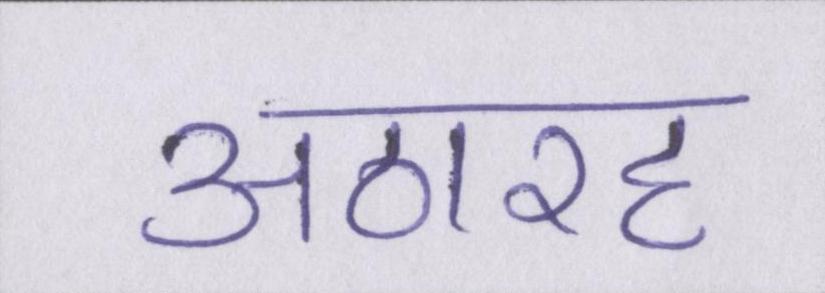
अठारह